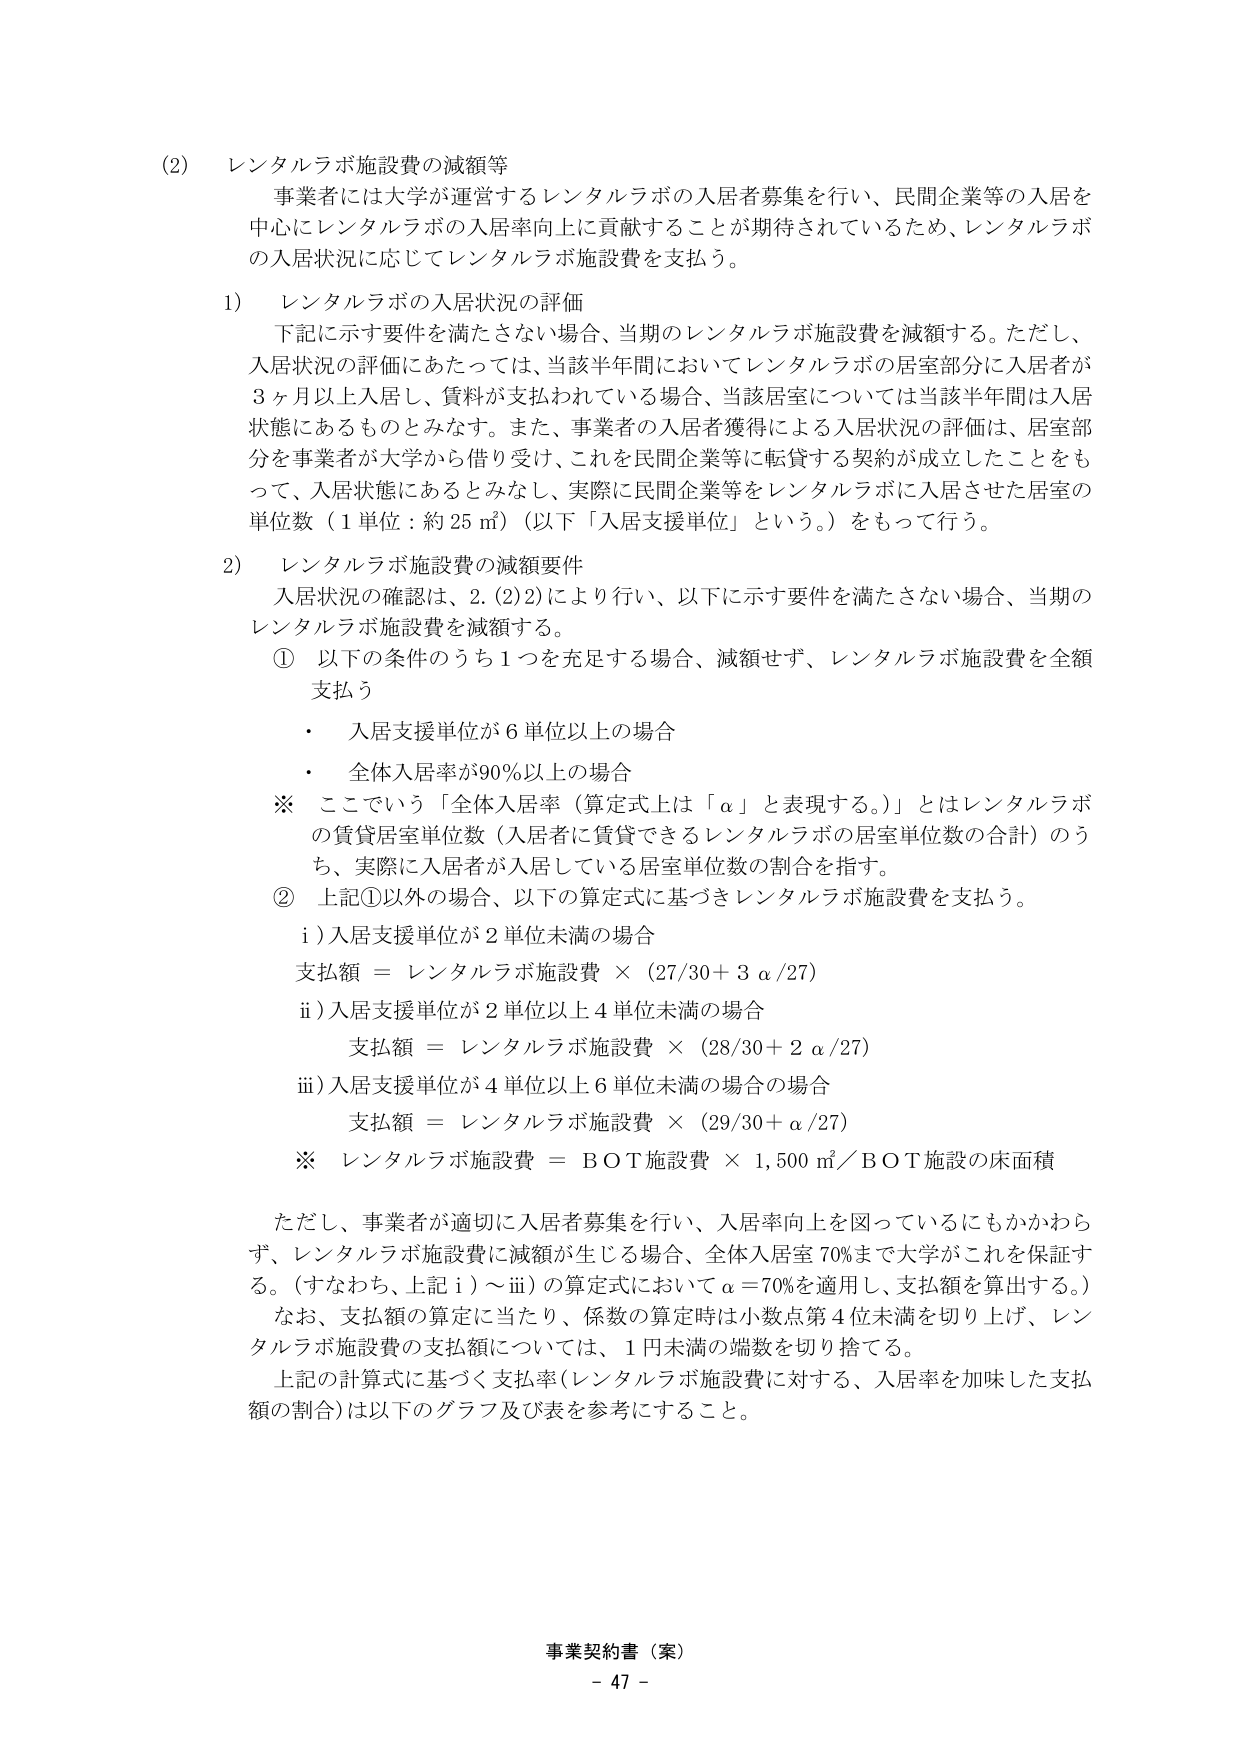
(2) レンタルラボ施設費の減額等
事業者には大学が運営するレンタルラボの入居者募集を行い、民間企業等の入居を中心にレンタルラボの入居率向上に貢献することが期待されているため、レンタルラボの入居状況に応じてレンタルラボ施設費を支払う。

1) レンタルラボの入居状況の評価
下記に示す要件を満たさない場合、当期のレンタルラボ施設費を減額する。ただし、入居状況の評価にあたっては、当該半年間においてレンタルラボの居室部分に入居者が3ヶ月以上入居し、賃料が支払われている場合、当該居室については当該半年間は入居状態にあるものとみなす。また、事業者の入居者獲得による入居状況の評価は、居室部分を事業者が大学から借り受け、これを民間企業等に転貸する契約が成立したことをもって、入居状態にあるとみなし、実際に民間企業等をレンタルラボに入居させた居室の単位数（1単位：約25㎡）（以下「入居支援単位」という。）をもって行う。

2) レンタルラボ施設費の減額要件
入居状況の確認は、2.(2)2)により行い、以下に示す要件を満たさない場合、当期のレンタルラボ施設費を減額する。
① 以下の条件のうち1つを充足する場合、減額せず、レンタルラボ施設費を全額支払う
・ 入居支援単位が6単位以上の場合
・ 全体入居率が90%以上の場合
※ ここでいう「全体入居率（算定式上は「α」と表現する。）」とはレンタルラボの賃貸居室単位数（入居者に賃貸できるレンタルラボの居室単位数の合計）のうち、実際に入居者が入居している居室単位数の割合を指す。
② 上記①以外の場合、以下の算定式に基づきレンタルラボ施設費を支払う。
i) 入居支援単位が2単位未満の場合
支払額 = レンタルラボ施設費 × (27/30 + 3α/27)
ii) 入居支援単位が2単位以上4単位未満の場合
支払額 = レンタルラボ施設費 × (28/30 + 2α/27)
iii) 入居支援単位が4単位以上6単位未満の場合
支払額 = レンタルラボ施設費 × (29/30 + α/27)
※ レンタルラボ施設費 = BOT施設費 × 1,500㎡／BOT施設の床面積

ただし、事業者が適切に入居者募集を行い、入居率向上を図っているにもかかわらず、レンタルラボ施設費に減額が生じる場合、全体入居率70%まで大学がこれを保証する。（すなわち、上記i)～iii)の算定式においてα＝70%を適用し、支払額を算出する。）
なお、支払額の算定に当たり、係数の算定時は小数点第4位未満を切り上げ、レンタルラボ施設費の支払額については、1円未満の端数を切り捨てる。
上記の計算式に基づく支払率（レンタルラボ施設費に対する、入居率を加味した支払額の割合）は以下のグラフ及び表を参考にすること。

事業契約書（案）
- 47 -